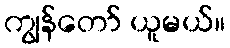
ကျွန်တော် ယူမယ်။